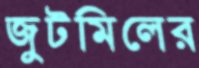
জুটমিলের